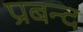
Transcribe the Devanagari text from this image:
प्रबन्द